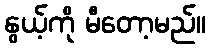
နွယ့်ကို မီတော့မည်။